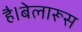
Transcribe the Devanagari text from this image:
है।बेलारूस